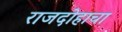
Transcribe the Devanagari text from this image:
राजदोहाचा